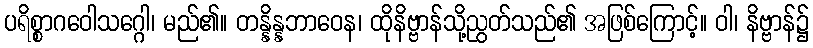
ပရိစ္စာဂဝေါသဂ္ဂေါ၊ မည်၏။ တန္နိန္နဘာဝေန၊ ထိုနိဗ္ဗာန်သို့ညွတ်သည်၏ အဖြစ်ကြောင့်။ ဝါ၊ နိဗ္ဗာန်၌